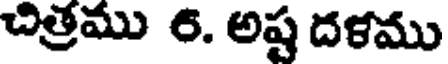
చిత్రము 6. అష్ట దళము